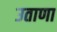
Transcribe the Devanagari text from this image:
उताणा